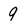
Character: 9